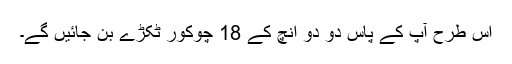
اس طرح آپ کے پاس دو دو انچ کے 18 چوکور ٹکڑے بن جائیں گے۔